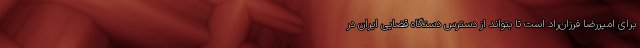
برای امیررضا فرزان‌راد است تا بتواند از دسترس دستگاه قضایی ایران در